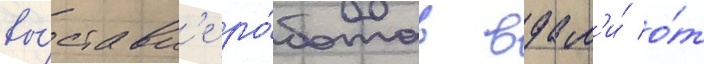
вы́ставк'е ро́ботов вдал'и́ о́т